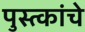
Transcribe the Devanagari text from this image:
पुस्त्कांचे